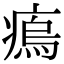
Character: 𤸼